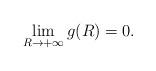
LaTeX: \begin{align*}\lim_{R\to+\infty}g(R)=0.\end{align*}